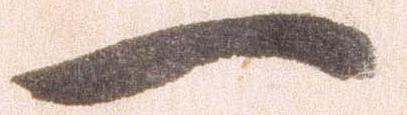
一